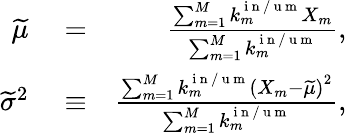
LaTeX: \begin{array}{rlr}{\widetilde{\mu}}&{{}=}&{\frac{\sum_{m=1}^{M}k_{m}^{\mathrm{~i~n~/~u~m~}}X_{m}}{\sum_{m=1}^{M}k_{m}^{\mathrm{~i~n~/~u~m~}}},}\\ {\widetilde{\sigma}^{2}}&{{}\equiv}&{\frac{\sum_{m=1}^{M}k_{m}^{\mathrm{~i~n~/~u~m~}}\left(X_{m}-\widetilde{\mu}\right)^{2}}{\sum_{m=1}^{M}k_{m}^{\mathrm{~i~n~/~u~m~}}},}\end{array}